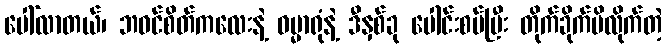
ပေါ်လာတယ်၊ ဘဝင်စိတ်ကလေးနဲ့ ဓမ္မာရုံနဲ့ ဒီနှစ်ခု ပေါင်းစပ်ပြီး တိုက်ခိုက်မိလိုက်တဲ့